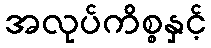
အလုပ်ကိစ္စနှင့်